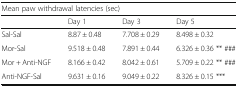
<table><thead><tr><td colspan="4"><b>Mean paw withdrawal latencies (sec)</b></td></tr><tr><td>[EMPTY_CELL]</td><td><b>Day 1</b></td><td><b>Day 3</b></td><td><b>Day 5</b></td></tr></thead><tbody><tr><td>Sal-Sal</td><td>8.87 ± 0.48</td><td>7.708 ± 0.29</td><td>8.498 ± 0.32</td></tr><tr><td>Mor-Sal</td><td>9.518 ± 0.48</td><td>7.891 ± 0.44</td><td>6.326 ± 0.36 ** ###</td></tr><tr><td>Mor + Anti-NGF</td><td>8.166 ± 0.42</td><td>8.042 ± 0.61</td><td>5.709 ± 0.22 ** ###</td></tr><tr><td>Anti-NGF-Sal</td><td>9.631 ± 0.16</td><td>9.049 ± 0.22</td><td>8.326 ± 0.15 ***</td></tr></tbody></table>